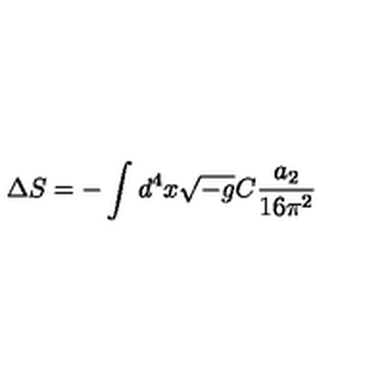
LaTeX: \Delta S = - \int d ^ { 4 } x \sqrt { - g } C \frac { a _ { 2 } } { 1 6 \pi ^ { 2 } }